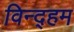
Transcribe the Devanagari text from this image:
विन्द्हम